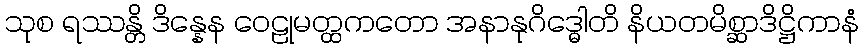
သုစ ရဿန္တိ ဒိန္နေန ဝေဠုမတ္ထကတော အနာနုဂိဒ္ဓေါတိ နိယတမိစ္ဆာဒိဋ္ဌိကာနံ